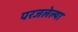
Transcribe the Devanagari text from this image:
परजलेल्या